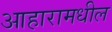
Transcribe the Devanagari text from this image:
आहारामधील